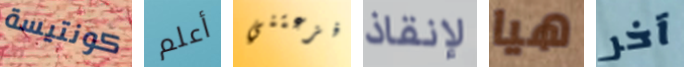
كونتيسة أعلم أفزعتني لإنقاذ هيا آخر